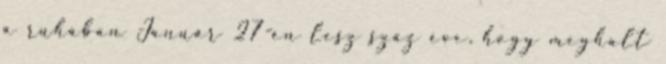
a ruhában Január 27-én lesz száz éve, hogy meghalt